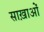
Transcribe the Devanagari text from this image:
साख़ाओं